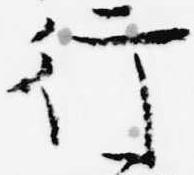
行